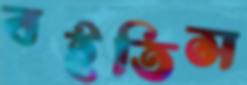
বইতিস